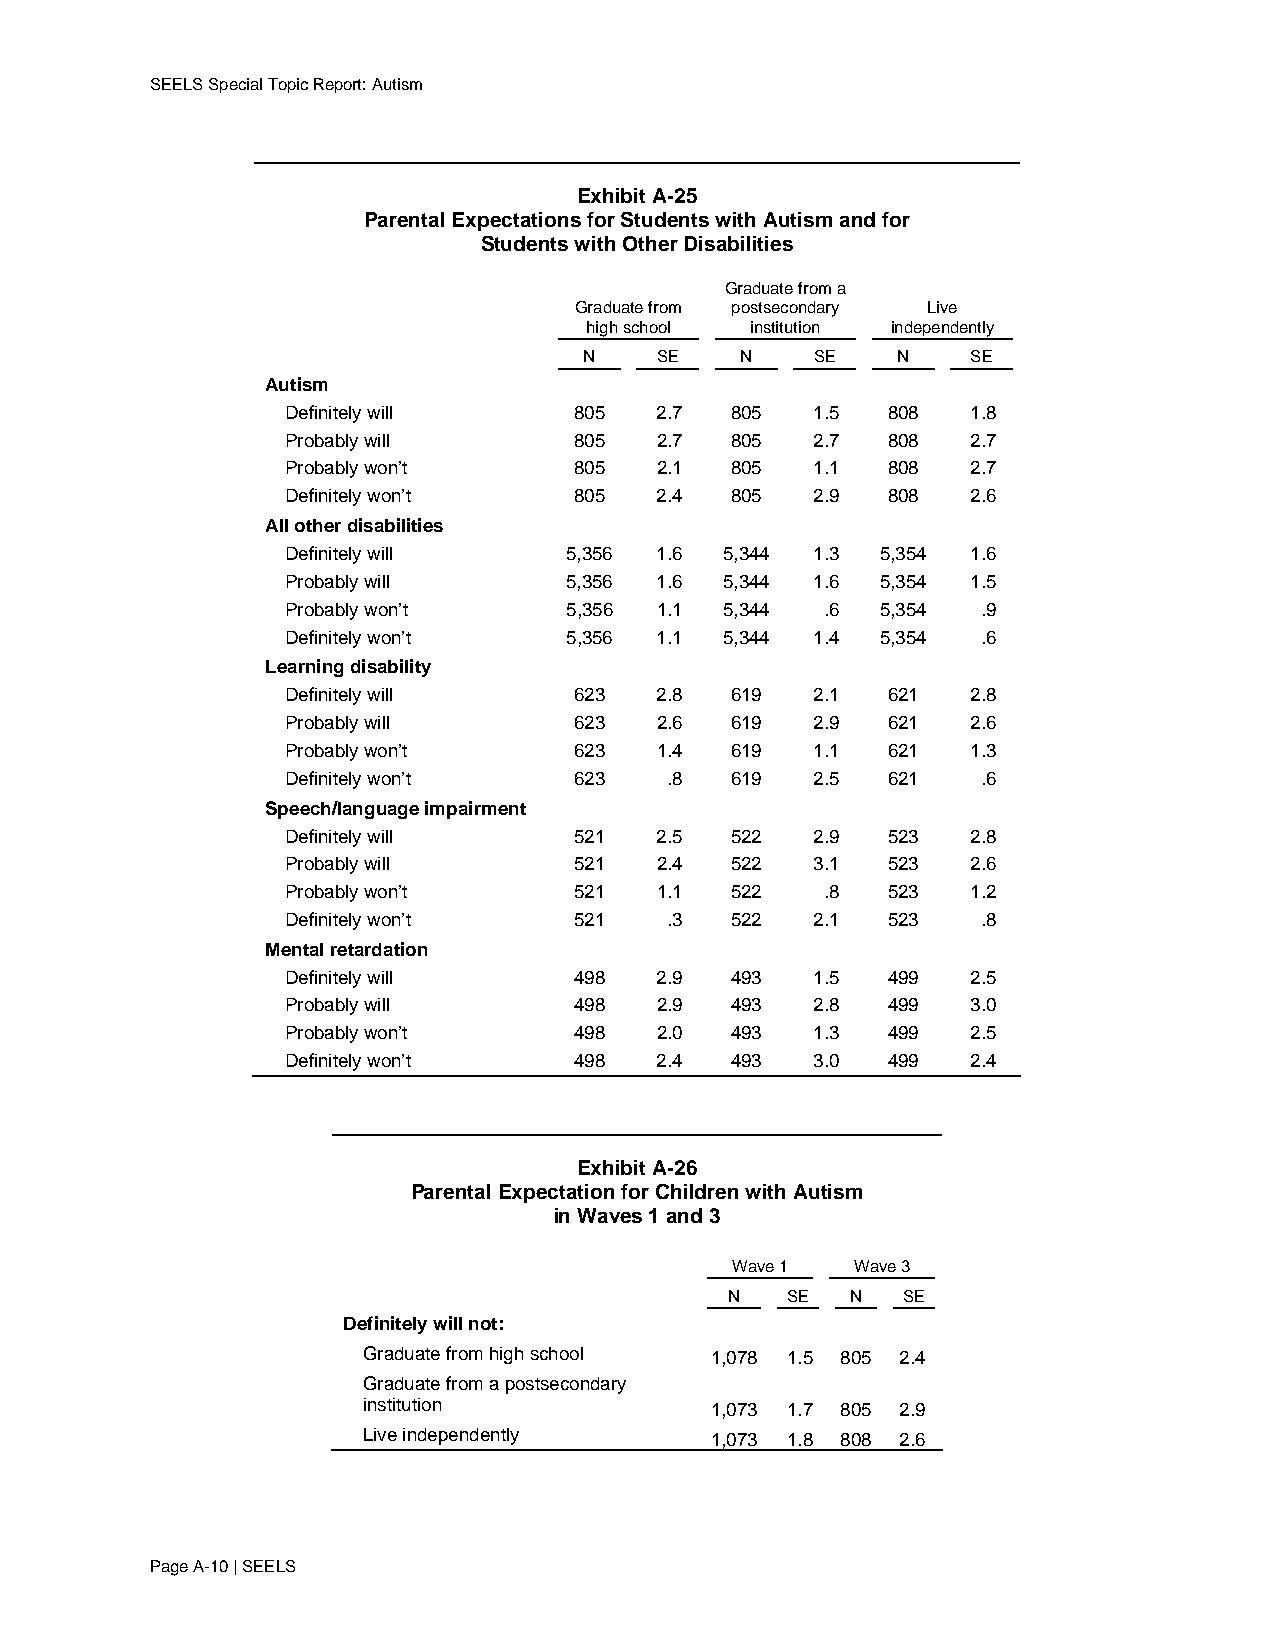
SEELS Special Topic Report: Autism
 Exhibit A-25
 Parental Expectations for Students with Autism and for
 Students with Other Disabilities
 Graduate from a
 Graduate from postsecondary Live
 high school institution independently
 N   SE    N    SE   N    SE
 Autism
 Definitely will    805  2.7  805   1.5  808  1.8
 Probably will      805  2.7  805   2.7  808  2.7
 Probably won’t     805  2.1  805   1.1  808  2.7
 Definitely won’t   805  2.4  805   2.9  808  2.6
 All other disabilities
 Definitely will   5,356 1.6  5,344 1.3 5,354 1.6
 Probably will     5,356 1.6  5,344 1.6 5,354 1.5
 Probably won’t    5,356 1.1  5,344  .6 5,354  .9
 Definitely won’t  5,356 1.1  5,344 1.4 5,354  .6
 Learning disability
 Definitely will    623  2.8  619   2.1  621  2.8
 Probably will      623  2.6  619   2.9  621  2.6
 Probably won’t     623  1.4  619   1.1  621  1.3
 Definitely won’t   623   .8  619   2.5  621   .6
 Speech/language impairment
 Definitely will    521  2.5  522   2.9  523  2.8
 Probably will      521  2.4  522   3.1  523  2.6
 Probably won’t     521  1.1  522    .8  523  1.2
 Definitely won’t   521   .3  522   2.1  523   .8
 Mental retardation
 Definitely will    498  2.9  493   1.5  499  2.5
 Probably will      498  2.9  493   2.8  499  3.0
 Probably won’t     498  2.0  493   1.3  499  2.5
 Definitely won’t   498  2.4  493   3.0  499  2.4
 Exhibit A-26
 Parental Expectation for Children with Autism
 in Waves 1 and 3
 Wave 1   Wave 3
 N   SE  N   SE
 Definitely will not:
 Graduate from high school 1,078 1.5 805 2.4
 Graduate from a postsecondary
 institution            1,073 1.7 805 2.9
 Live independently     1,073 1.8 808 2.6
 Page A-10 | SEELS